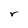
Character: r